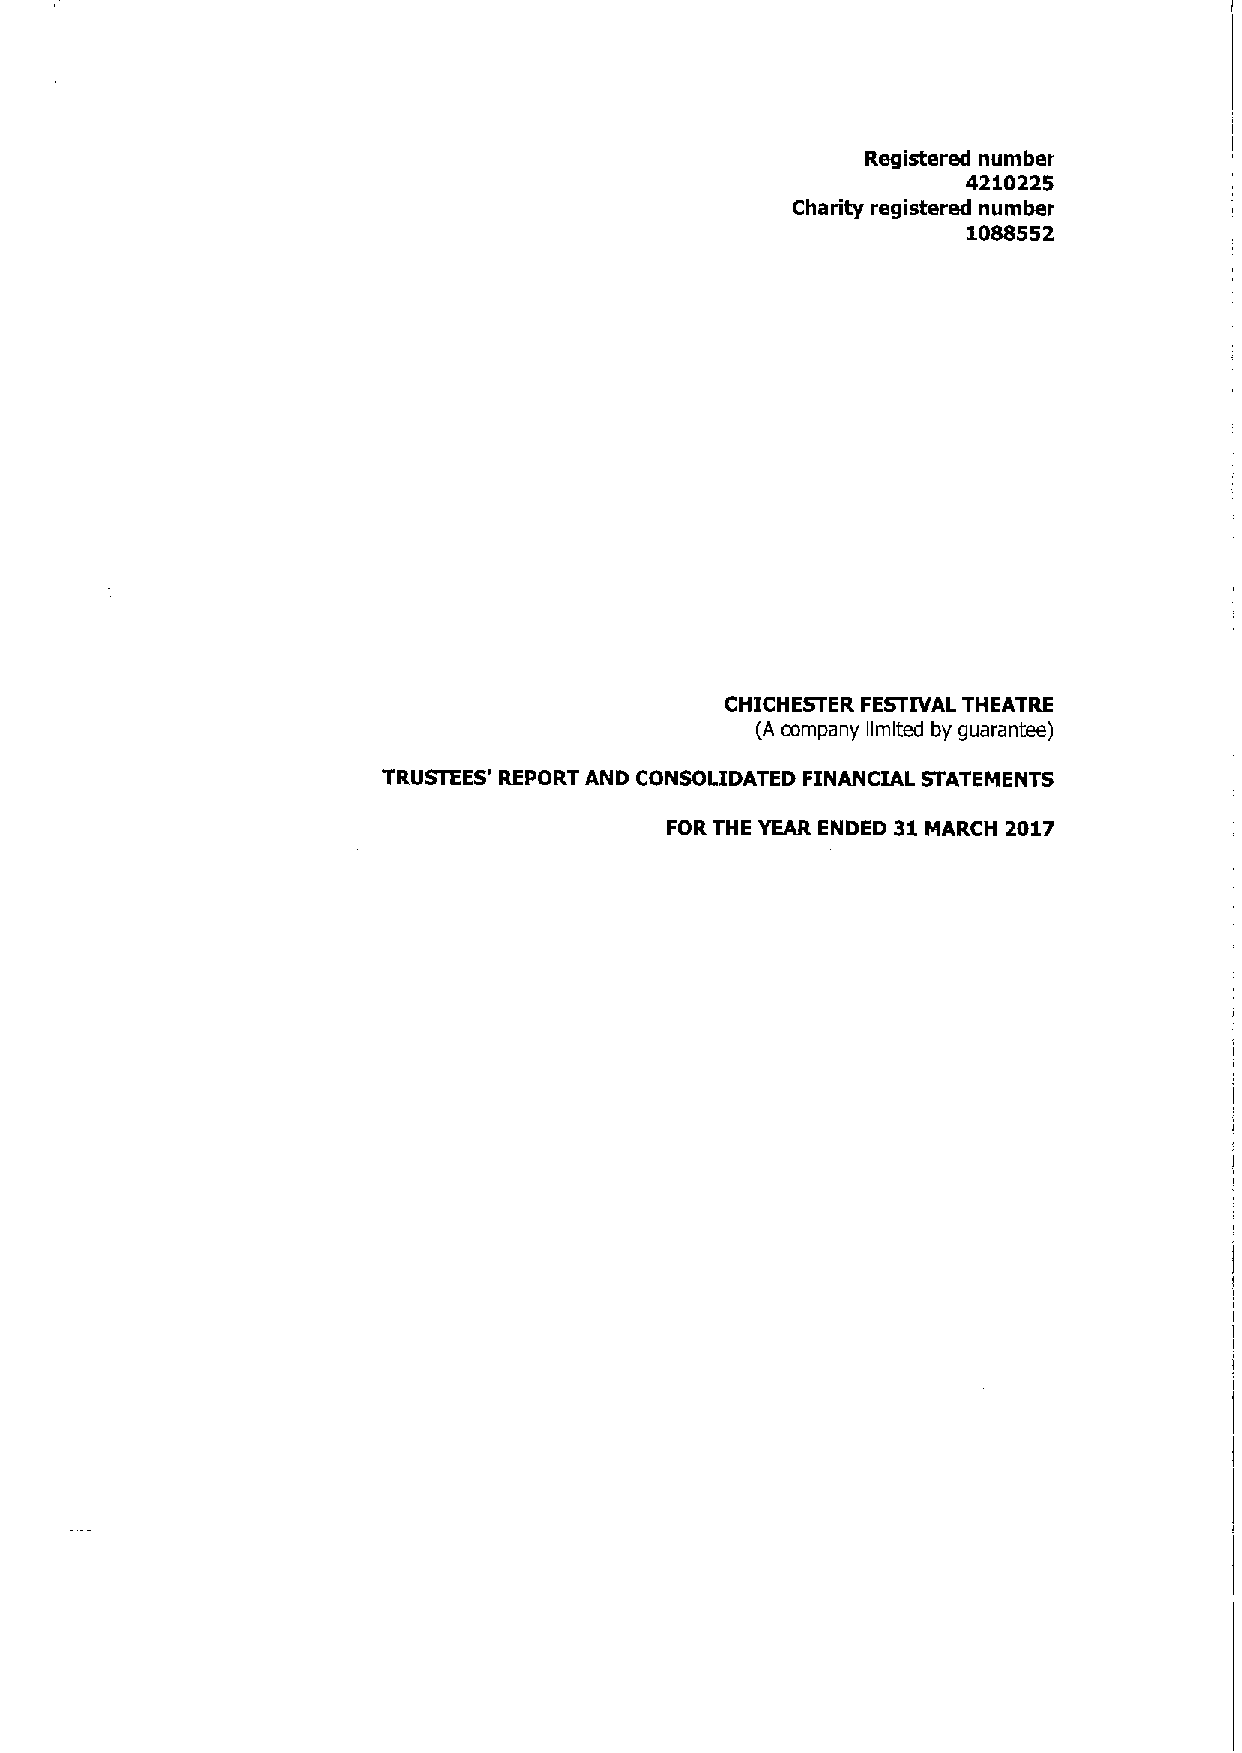
Registered number
 4210225
 Charity registered number
 1088552
 CHICHESTER FESTIVAL THEATRE
 (A company llmlted by guarantee)
 TRUSTEES' REPORT AND CONSOLIDATED FINANCIAL STATEMENTS
 FORTHE YEAR ENDED 31 MARCH 2017